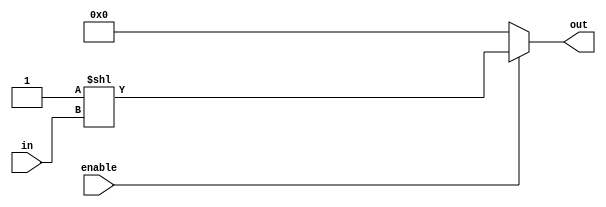
module DEC224(in, enable, out);
  input 	[1:0] in;
  input  	enable; 
  output 	[3:0] out; 
  wire 		[3:0] out; 
  
  assign out = (enable) ? (1 << in) : 4'b0;
  
endmodule